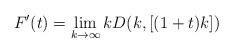
LaTeX: \begin{align*}F'(t)=\lim_{k\to\infty} kD(k,[(1+t)k])\end{align*}